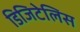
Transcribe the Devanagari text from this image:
डिजिटेलिस